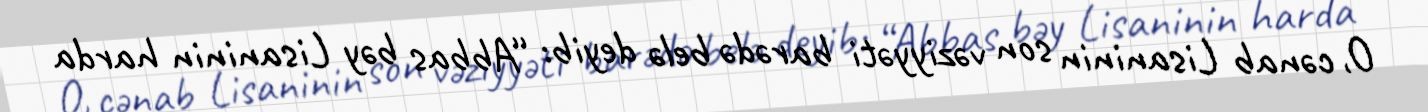
O, cənab Lisaninin son vəziyyəti barədə belə deyib: “Abbas bəy Lisaninin harda